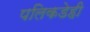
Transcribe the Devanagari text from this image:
पलिकडेही